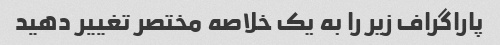
پاراگراف زیر را به یک خلاصه مختصر تغییر دهید